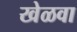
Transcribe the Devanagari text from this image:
खेळवा